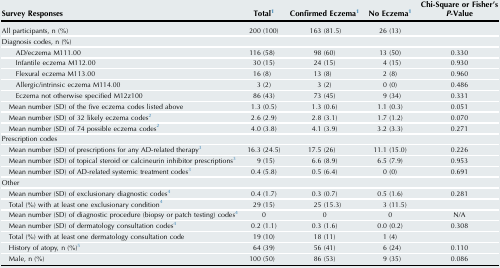
<table><thead><tr><td><b>Survey Responses</b></td><td><b>Total1</b></td><td><b>Confirmed Eczema1</b></td><td><b>No Eczema1</b></td><td><b>Chi-Square or Fisher’s<i>P</i>-Value</b></td></tr></thead><tbody><tr><td>All participants, n (%)</td><td>200 (100)</td><td>163 (81.5)</td><td>26 (13)</td><td></td></tr><tr><td>Diagnosis codes, n (%)</td><td></td><td></td><td></td><td></td></tr><tr><td> AD/eczema M111.00</td><td>116 (58)</td><td>98 (60)</td><td>13 (50)</td><td>0.330</td></tr><tr><td> Infantile eczema M112.00</td><td>30 (15)</td><td>24 (15)</td><td>4 (15)</td><td>0.930</td></tr><tr><td> Flexural eczema M113.00</td><td>16 (8)</td><td>13 (8)</td><td>2 (8)</td><td>0.960</td></tr><tr><td> Allergic/intrinsic eczema M114.00</td><td>3 (2)</td><td>3 (2)</td><td>0 (0)</td><td>0.486</td></tr><tr><td> Eczema not otherwise specified M12z100</td><td>86 (43)</td><td>73 (45)</td><td>9 (34)</td><td>0.331</td></tr><tr><td> Mean number (SD) of the five eczema codes listed above</td><td>1.3 (0.5)</td><td>1.3 (0.6)</td><td>1.1 (0.3)</td><td>0.051</td></tr><tr><td> Mean number (SD) of 32 likely eczema codes2</td><td>2.6 (2.9)</td><td>2.8 (3.1)</td><td>1.7 (1.2)</td><td>0.070</td></tr><tr><td> Mean number (SD) of 74 possible eczema codes2</td><td>4.0 (3.8)</td><td>4.1 (3.9)</td><td>3.2 (3.3)</td><td>0.271</td></tr><tr><td>Prescription codes</td><td></td><td></td><td></td><td></td></tr><tr><td> Mean number (SD) of prescriptions for any AD-related therapy3</td><td>16.3 (24.5)</td><td>17.5 (26)</td><td>11.1 (15.0)</td><td>0.226</td></tr><tr><td> Mean number (SD) of topical steroid or calcineurin inhibitor prescriptions3</td><td>9 (15)</td><td>6.6 (8.9)</td><td>6.5 (7.9)</td><td>0.953</td></tr><tr><td> Mean number (SD) of AD-related systemic treatment codes3</td><td>0.4 (5.8)</td><td>0.5 (6.4)</td><td>0 (0)</td><td>0.691</td></tr><tr><td>Other</td><td></td><td></td><td></td><td></td></tr><tr><td> Mean number (SD) of exclusionary diagnostic codes4</td><td>0.4 (1.7)</td><td>0.3 (0.7)</td><td>0.5 (1.6)</td><td>0.281</td></tr><tr><td> Total (%) with at least one exclusionary condition4</td><td>29 (15)</td><td>25 (15.3)</td><td>3 (11.5)</td><td></td></tr><tr><td> Mean number (SD) of diagnostic procedure (biopsy or patch testing) codes4</td><td>0</td><td>0</td><td>0</td><td>N/A</td></tr><tr><td> Mean number (SD) of dermatology consultation codes4</td><td>0.2 (1.1)</td><td>0.3 (1.6)</td><td>0.0 (0.2)</td><td>0.308</td></tr><tr><td> Total (%) with at least one dermatology consultation code</td><td>19 (10)</td><td>18 (11)</td><td>1 (4)</td><td></td></tr><tr><td> History of atopy, n (%)5</td><td>64 (39)</td><td>56 (41)</td><td>6 (24)</td><td>0.110</td></tr><tr><td> Male, n (%)</td><td>100 (50)</td><td>86 (53)</td><td>9 (35)</td><td>0.086</td></tr></tbody></table>